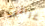
غرائزي